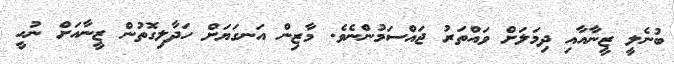
ބުނެލީ ޒީނާއާއި ދިމަލަށް ވައްތަރު ޖައްސަމުންނެވެ. މާޒިން އަނގަޔަށް ހަދާލިގޮތުން ޒީނާއަށް ނުހީ